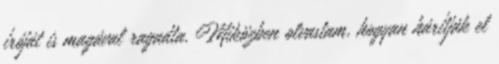
íróját is magával ragadta. Miközben olvastam, hogyan hárítják el